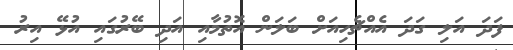
ފަދަ އަލި ގަދަ އެއްޗެހިއަށް ބަލަން އޮތުމާއި އަދި ބޭރުގައި އުޅޭ އިރު